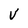
Character: V